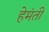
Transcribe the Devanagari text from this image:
हेमंती